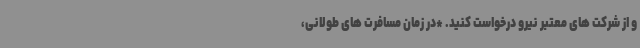
و از شرکت های معتبر نیرو درخواست کنید. *در زمان مسافرت های طولانی،